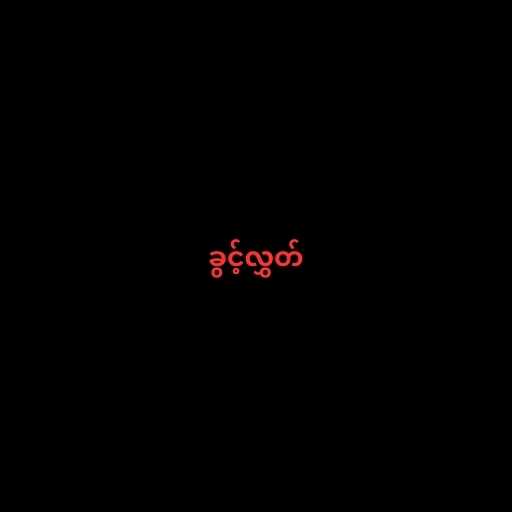
ခွင့်လွှတ်